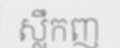
ស្លឹកញ